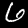
Digit: 6